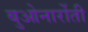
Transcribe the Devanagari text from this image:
बुओनार्रोती